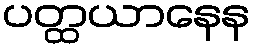
ပတ္ထယာနေန